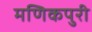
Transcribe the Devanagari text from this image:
मणिकपुरी